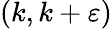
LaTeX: (k,k+\varepsilon)